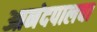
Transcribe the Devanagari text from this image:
आनंदपालचा